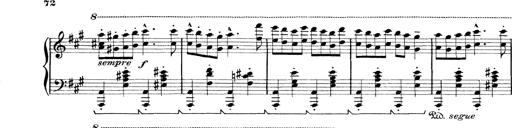
Title: Rapsodie: 19 ungheresi, 1 spagnuola
Composer: Franz Liszt